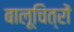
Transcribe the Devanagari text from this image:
बालूचित्रों